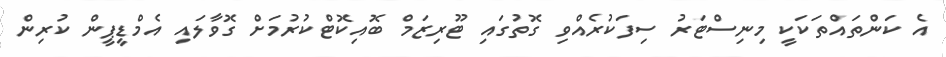
އެ ކަންތައްތަކަކީ މިނިސްޓަރު ސިފަކުރެއްވި ގޮތުގައި ޓޫރިޒަމް ބޮއިކޮޓްކުރުމަށް ގޮވާލައި އެމްޑީޕީން ކުރިން